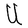
Character: U